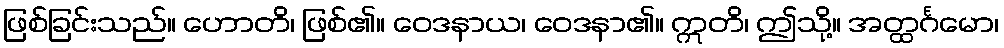
ဖြစ်ခြင်းသည်။ ဟောတိ၊ ဖြစ်၏။ ဝေဒနာယ၊ ဝေဒနာ၏။ ဣတိ၊ ဤသို့။ အတ္ထင်္ဂမော၊